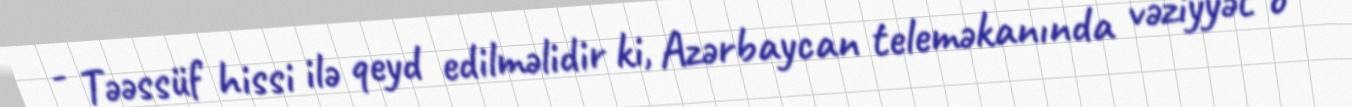
- Təəssüf hissi ilə qeyd edilməlidir ki, Azərbaycan teleməkanında vəziyyət o